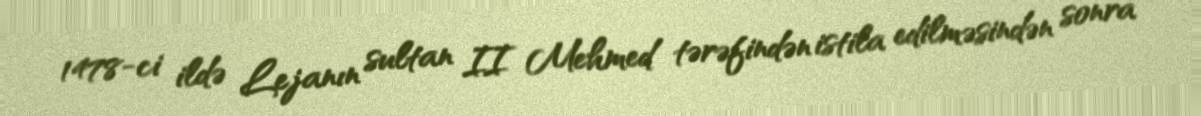
1478-ci ildə Lejanın sultan II Mehmed tərəfindən istila edilməsindən sonra